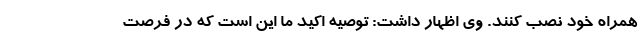
همراه خود نصب کنند. وی اظهار داشت: توصیه اکید ما این است که در فرصت